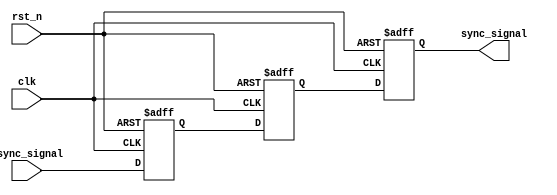
module metastability_detector (
    input wire async_signal,   // Asynchronous input signal
    input wire clk,            // Synchronous clock signal
    input wire rst_n,          // Active low asynchronous reset
    output reg sync_signal      // Synchronized output signal
);

// Internal signals for the two flip-flops
reg ff1, ff2;

// Two D-type flip-flops for metastability detection
always @(posedge clk or negedge rst_n) begin
    if (!rst_n) begin
        ff1 <= 1'b0;          // Reset FF1 to 0
        ff2 <= 1'b0;          // Reset FF2 to 0
    end else begin
        ff1 <= async_signal;  // Capture async_signal in FF1
        ff2 <= ff1;           // Capture output of FF1 in FF2
    end
end

// Assign the output signal
always @(posedge clk or negedge rst_n) begin
    if (!rst_n) begin
        sync_signal <= 1'b0;  // Reset sync_signal to 0
    end else begin
        sync_signal <= ff2;    // Output the synchronized signal
    end
end

endmodule